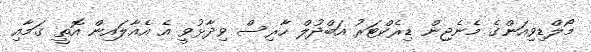
މޯލްޑިވިއަންގެ މެނެޖިން ޑިރެކްޓަރު އަބްދުލް ހާރިސް ވިދާޅުވީ އެ އެއާލައިން އޮތީ ގަމާއި